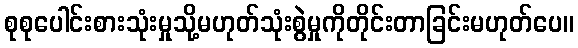
စုစုပေါင်းစားသုံးမှုသို့မဟုတ်သုံးစွဲမှုကိုတိုင်းတာခြင်းမဟုတ်ပေ။